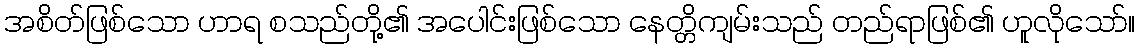
အစိတ်ဖြစ်သော ဟာရ စသည်တို့၏ အပေါင်းဖြစ်သော နေတ္တိကျမ်းသည် တည်ရာဖြစ်၏ ဟူလိုသော်။